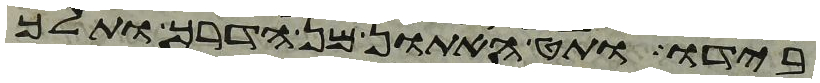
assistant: בידו ותט האתון מן הדרך ותלך